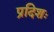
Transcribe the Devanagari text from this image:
प्रदिशः